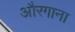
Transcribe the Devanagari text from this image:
औरगाना